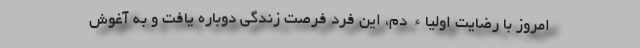
امروز با رضایت اولیاء دم، این فرد فرصت زندگی دوباره یافت و به آغوش